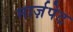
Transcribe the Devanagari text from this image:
मार्ज़पेट